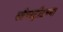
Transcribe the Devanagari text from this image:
लाँगस्ट्रीटच्या